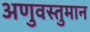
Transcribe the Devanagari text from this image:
अणुवस्तुमान